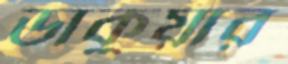
ডাকুয়ার